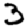
Digit: 3